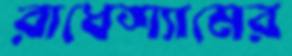
রাধেশ্যামের